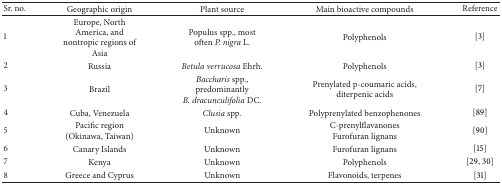
<table><thead><tr><td><b>Sr. no.</b></td><td><b>Geographic origin</b></td><td><b>Plant source</b></td><td><b>Main bioactive compounds</b></td><td><b>Reference</b></td></tr></thead><tbody><tr><td>1</td><td>Europe, North America, and nontropic regions of Asia</td><td>Populus spp., most often <i>P. nigra </i>L.</td><td>Polyphenols</td><td>[3] </td></tr><tr><td>2</td><td>Russia</td><td><i>Betula verrucosa </i>Ehrh<i>. </i></td><td>Polyphenols</td><td>[3] </td></tr><tr><td>3</td><td>Brazil</td><td><i>Baccharis </i>spp., predominantly<i>B. dracunculifolia </i>DC<i>. </i></td><td>Prenylated p-coumaric acids, diterpenic acids</td><td>[7] </td></tr><tr><td>4</td><td>Cuba, Venezuela</td><td><i>Clusia </i>spp<i>. </i></td><td>Polyprenylated benzophenones</td><td>[89] </td></tr><tr><td>5</td><td>Pacific region (Okinawa, Taiwan)</td><td>Unknown</td><td>C-prenylflavanones Furofuran lignans</td><td>[90] </td></tr><tr><td>6</td><td>Canary Islands</td><td>Unknown</td><td>Furofuran lignans</td><td>[15] </td></tr><tr><td>7</td><td>Kenya</td><td>Unknown</td><td>Polyphenols</td><td>[29, 30]</td></tr><tr><td>8</td><td>Greece and Cyprus</td><td>Unknown</td><td>Flavonoids, terpenes</td><td>[31] </td></tr></tbody></table>